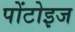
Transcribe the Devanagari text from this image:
पोंटोइज